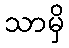
သာမှိ